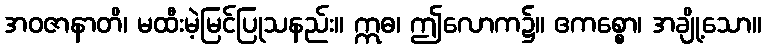
အဝဇာနာတိ၊ မထီးမဲ့မြင်ပြုသနည်း။ ဣဓ၊ ဤလောက၌။ ဧကစ္စော၊ အချို့သော။